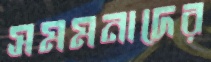
সমমনাদের